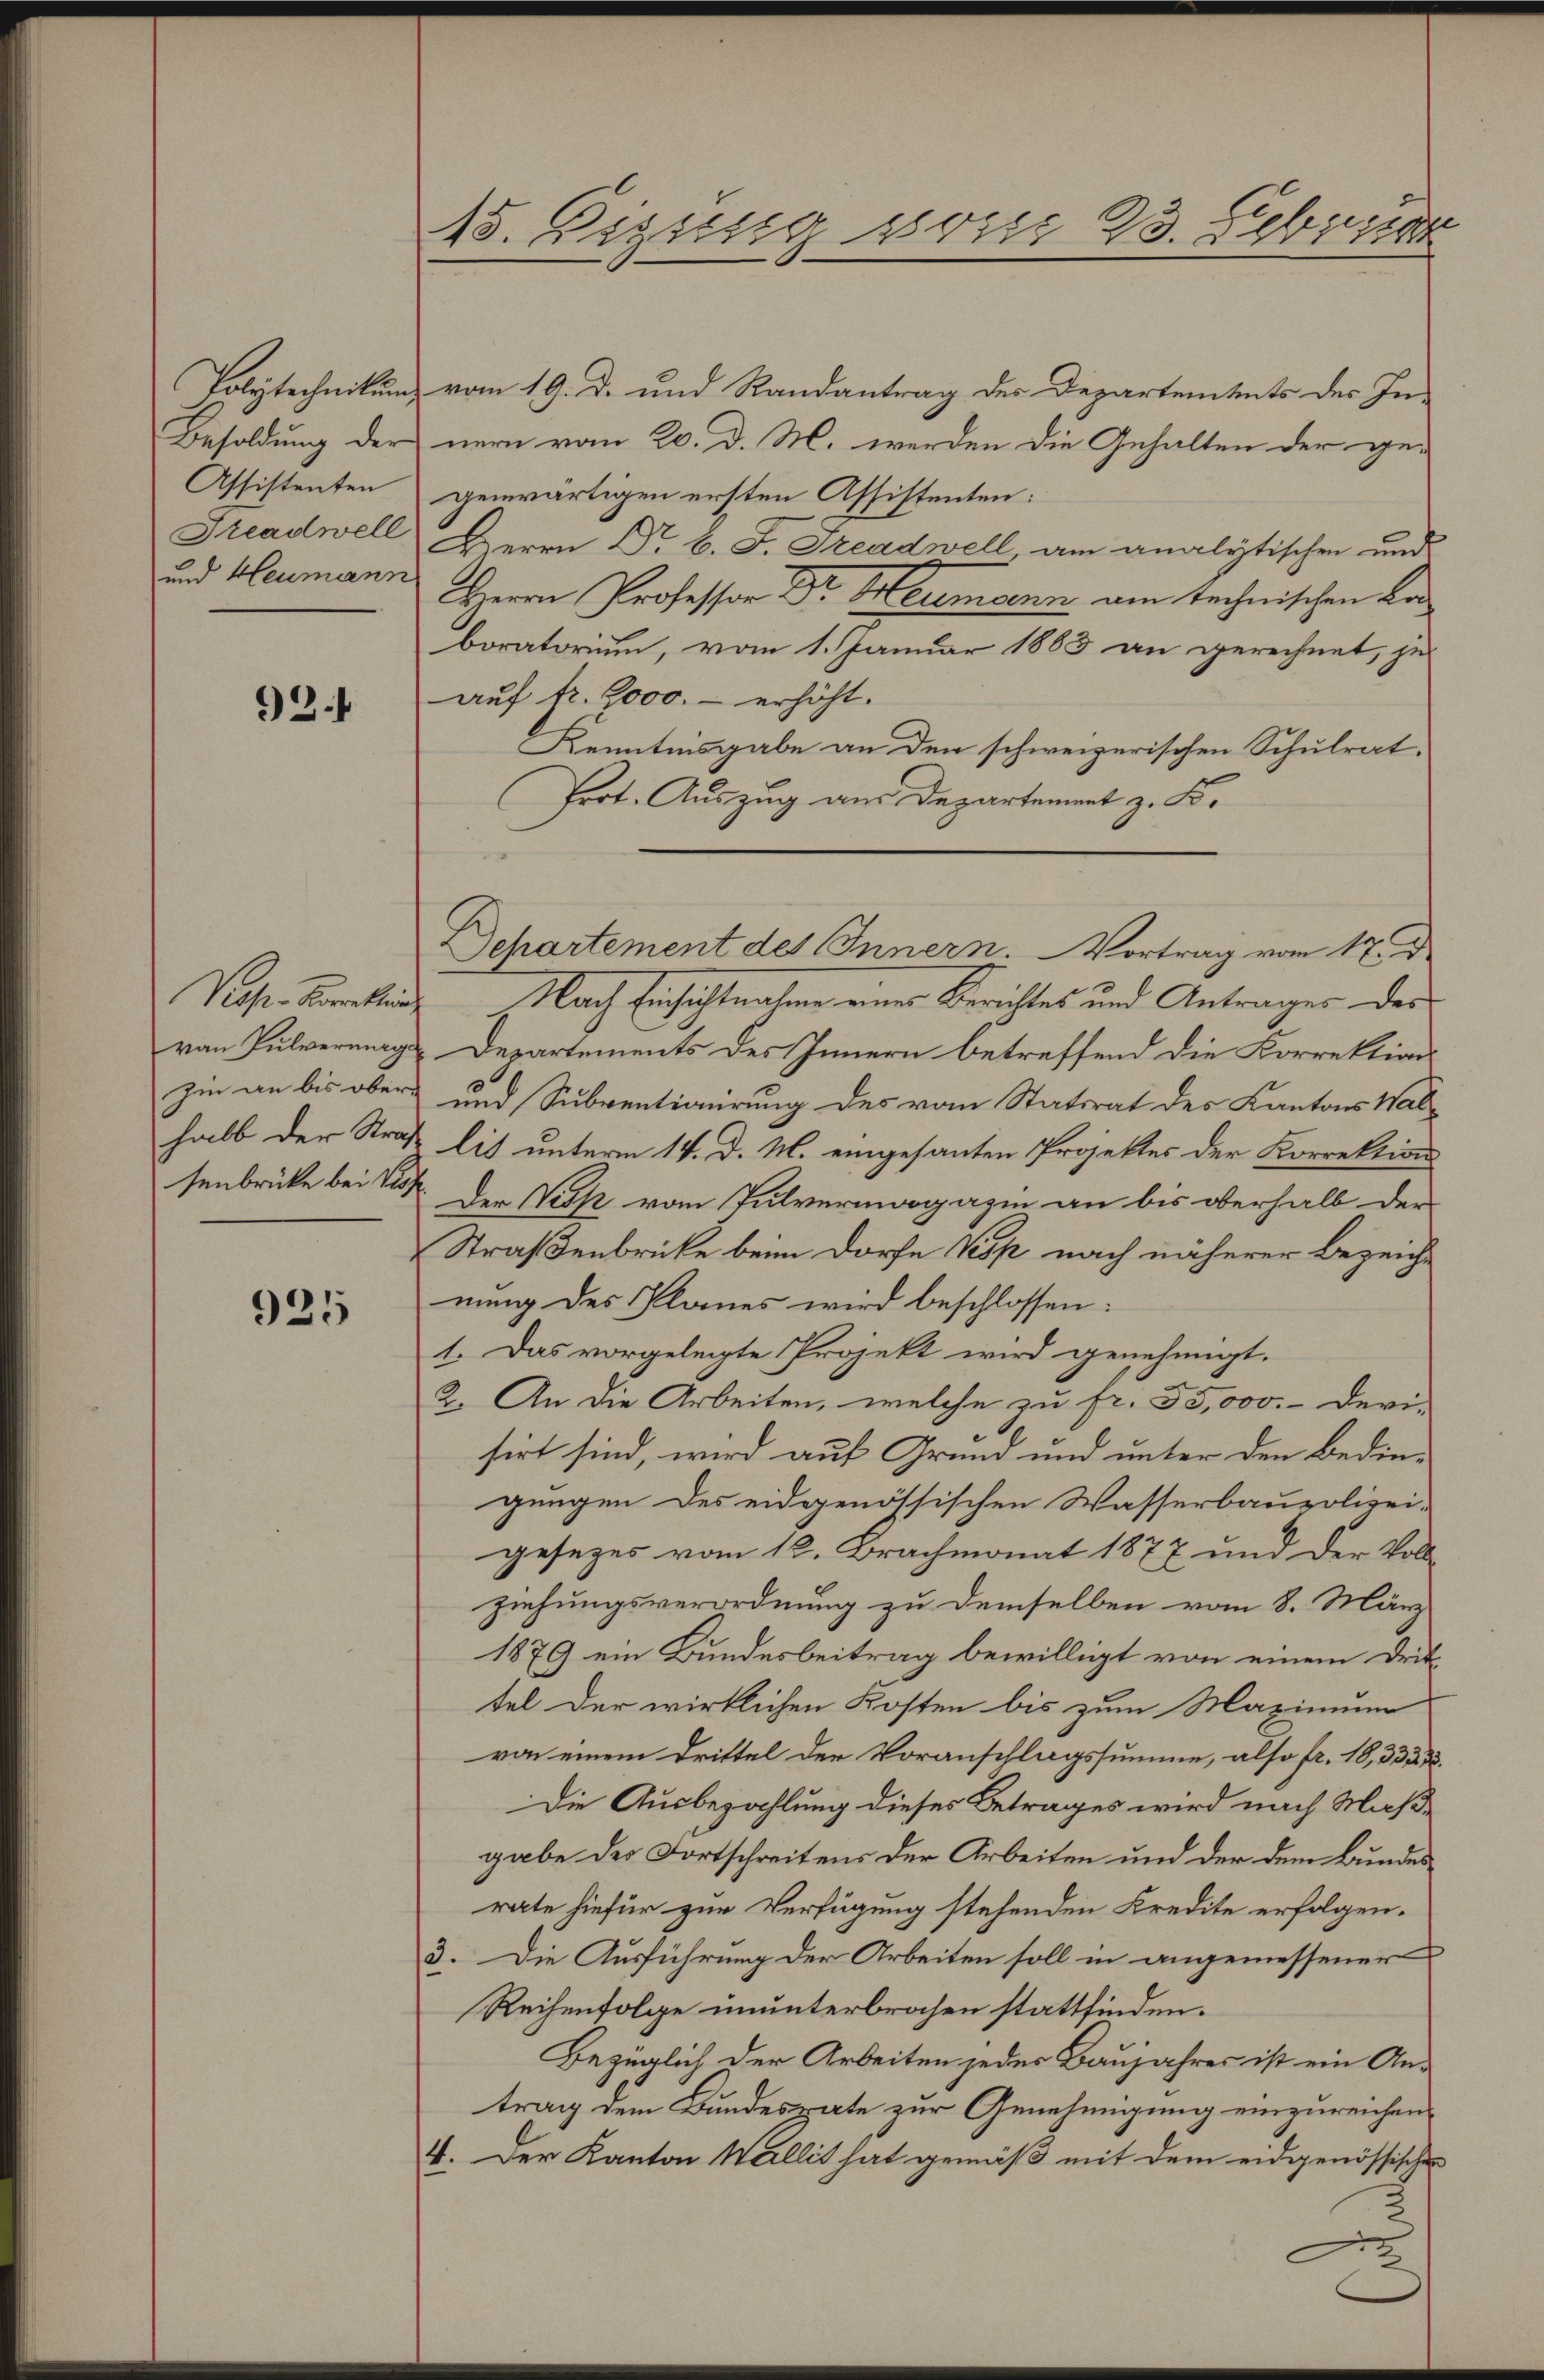
Polytechnikum
Besoldung der
Assistenten
Treadwell
und Heumann

93

Viehen Korrektion
von Pulvermag
hin an bis ober
halb der Strasenbrücke bei Vis¬

925

15. Digung von 23. Febr

vom 19. d. und Randantrag des Departentents des In-
nern vom 20. d. M. werden die Gehalten der ge-
gewärtigen ersten Assistenten:
Herrn Dr. B. J. Greadwell am analytischen und
HHerrn Professor Dr. Heumann am technischen La
boratorium, vom 1. Januar 1883 an gerechnet, je
auf fr. 9000.- erhöht.
Kenntnisgabe an den schweizerischen Schulrat.
Prot. Auszug aus Departement z. B.
Nach Einsichtnahme eines Berichtes und Antrages des
Departements des Innern betreffend die Korrektion
und Subventianirung des vom Statsrat des Kantons Wallis unterm 14. d. M. eingesanten Projektes der Korrektion
Der Visp vom Pulvermagazin an bis oberhalb der
Straßenbrücke beim Dorfe Visp nach näherer Bezeich-
nung des Planes wird beschlossen:
1. Das vorgelegte Projekt wird genehmigt.
2. An die Arbeiten, welche zu fr. 35,000.- Devi-
sirt sind, wird auf Grund und unter den Bedin-
gungen des eidgenössischen Wasserbaupolizei-
gesezes vom 12. Brachmonat 1877 und der Voll-
ziehungsverordnung zu demselben vom 8. März
1879 ein Bundesbeitrag bewilligt von einem Drit-
tel der wirklichen Kosten bis zum Maximum
von einem Drittel der Voranschlagssumme, also fr. 18, 332. 3.
Die Ausbezahlung dieses Betrages wird nach Maßgabe des Fortschreitens der Arbeiten und der dem Bundesrate hiefür zur Verfügung stehenden Kredite erfolgen.
3. Die Ausführung der Arbeiten soll in angemessener
Reihenfolge ununterbrochen stattfinden.
Bezüglich der Arbeiten jeder Baujahres ist ein Antrag dem Bundesrate zur Genehmigung einzureichen.
4. Der Kanton Wallit hat gemäß mit dem eidgenössischen

Departement des Innern. Vortrag vom 17. D